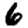
Digit: 6